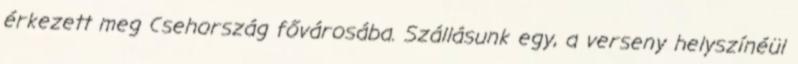
érkezett meg Csehország fővárosába. Szállásunk egy, a verseny helyszínéül